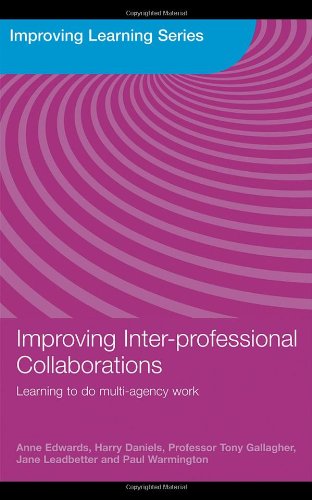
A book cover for Improving Inter-professional Collaborations: Multi-Agency Working for Children's Wellbeing (Improving Learning); Anne Edwards; Health, Fitness & Dieting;